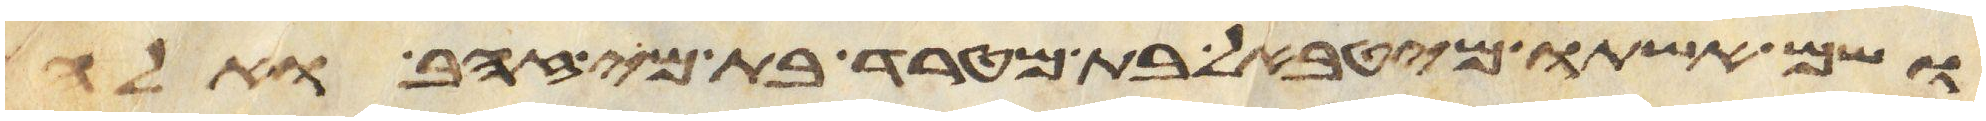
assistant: ושם אשתו מהטבאל בת מטרד בת מי זהב ואלה